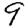
Digit: 9